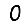
Digit: 0